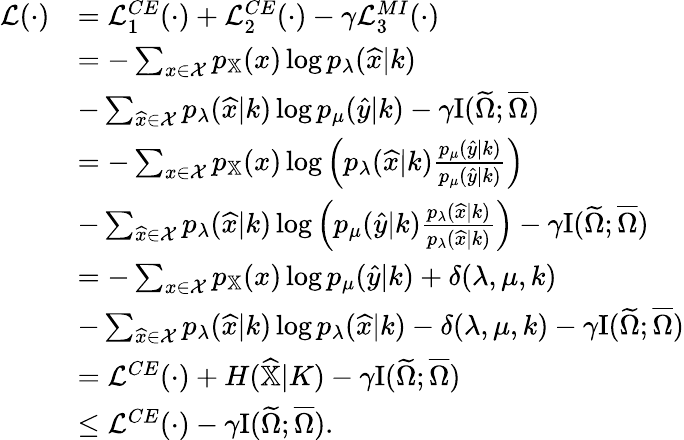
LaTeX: \begin{array}{rl}{\mathcal{L}(\cdot)}&{=\mathcal{L}_{1}^{CE}(\cdot)+\mathcal{L}_{2}^{CE}(\cdot)-\gamma\mathcal{L}_{3}^{MI}(\cdot)}\\ &{=-\sum_{x\in\mathcal{X}}p_{\mathbb{X}}(x)\log{p_{\lambda}(\widehat{x}|k)}}\\ &{-\sum_{\widehat{x}\in\mathcal{X}}p_{\lambda}(\widehat{x}|k)\log p_{\mu}(\widehat{y}|k)-\gamma\mathrm{I}(\widetilde{\Omega};\overline{{\Omega}})}\\ &{=-\sum_{x\in\mathcal{X}}p_{\mathbb{X}}(x)\log\left(p_{\lambda}(\widehat{x}|k)\frac{p_{\mu}(\widehat{y}|k)}{p_{\mu}(\widehat{y}|k)}\right)}\\ &{-\sum_{\widehat{x}\in\mathcal{X}}p_{\lambda}(\widehat{x}|k)\log\left(p_{\mu}(\widehat{y}|k)\frac{p_{\lambda}(\widehat{x}|k)}{p_{\lambda}(\widehat{x}|k)}\right)-\gamma\mathrm{I}(\widetilde{\Omega};\overline{{\Omega}})}\\ &{=-\sum_{x\in\mathcal{X}}p_{\mathbb{X}}(x)\log p_{\mu}(\widehat{y}|k)+\delta({\lambda,\mu,k})}\\ &{-\sum_{\widehat{x}\in\mathcal{X}}p_{\lambda}(\widehat{x}|k)\log p_{\lambda}(\widehat{x}|k)-\delta({\lambda,\mu,k})-\gamma\mathrm{I}(\widetilde{\Omega};\overline{{\Omega}})}\\ &{=\mathcal{L}^{CE}(\cdot)+H(\widehat{\mathbb{X}}|K)-\gamma\mathrm{I}(\widetilde{\Omega};\overline{{\Omega}})}\\ &{\le\mathcal{L}^{CE}(\cdot)-\gamma\mathrm{I}(\widetilde{\Omega};\overline{{\Omega}}).}\end{array}